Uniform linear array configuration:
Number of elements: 48
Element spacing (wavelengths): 0.75
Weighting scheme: binomial
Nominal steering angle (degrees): -45
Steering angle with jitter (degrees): -44.604
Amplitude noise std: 0.05
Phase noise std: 0.05

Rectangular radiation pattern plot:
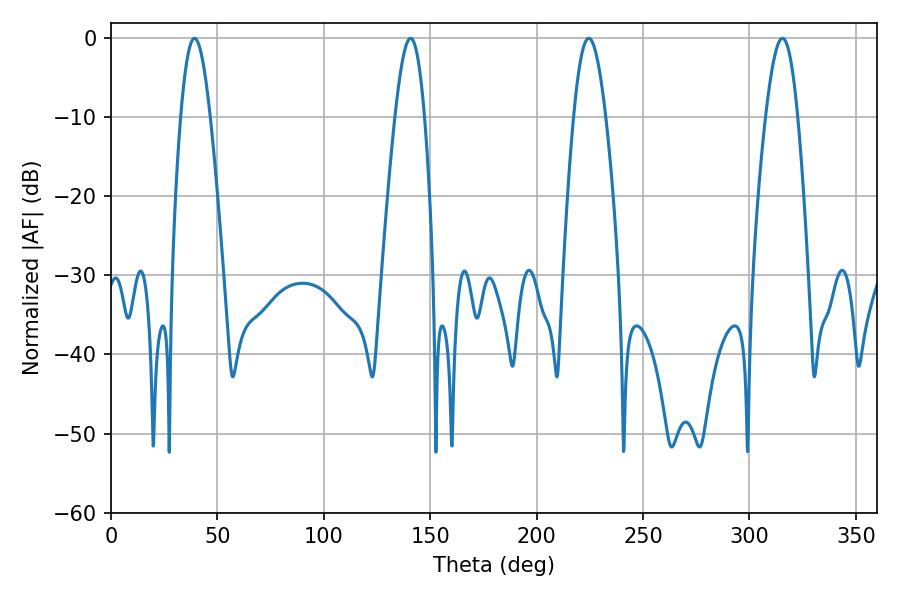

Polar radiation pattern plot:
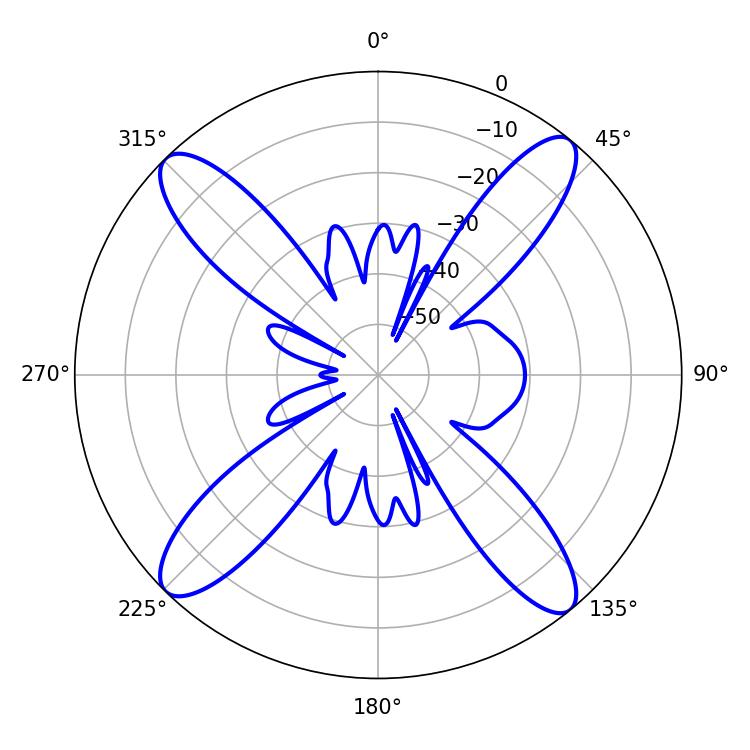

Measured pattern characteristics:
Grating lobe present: TRUE
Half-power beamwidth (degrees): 7.38
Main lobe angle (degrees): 39.24